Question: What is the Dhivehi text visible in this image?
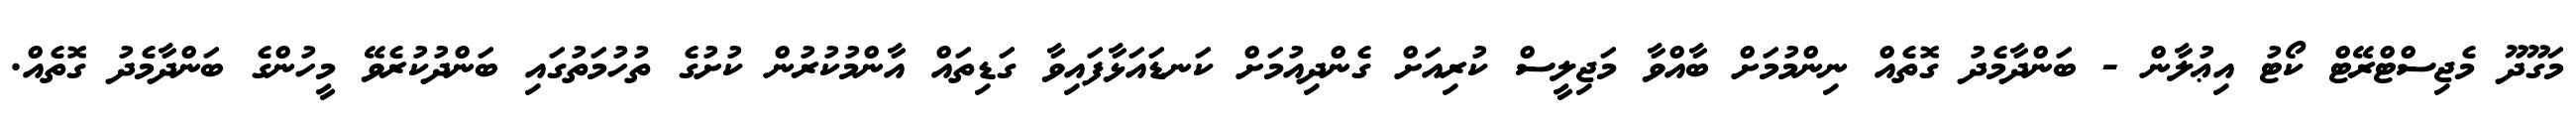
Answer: މަގޫދޫ މެޖިސްޓްރޭޓް ކޯޓު އިޢުލާން - ބަންދާމެދު ގޮތެއް ނިންމުމަށް ބާއްވާ މަޖިލީސް ކުރިއަށް ގެންދިއުމަށް ކަނޑައަޅާފައިވާ ގަޑިތައް އާންމުކުރުން ކުށުގެ ތުހުމަތުގައި ބަންދުކުރެވޭ މީހުންގެ ބަންދާމެދު ގޮތެއް.